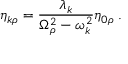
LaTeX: \eta _ { k \rho } = \frac { \lambda _ { k } } { \Omega _ { \rho } ^ { 2 } - \omega _ { k } ^ { 2 } } \eta _ { 0 \rho } \; .